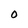
Character: 0